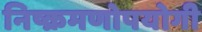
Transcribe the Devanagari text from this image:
निष्क्रमणोपयोगी